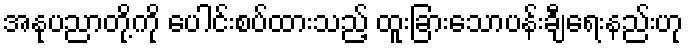
အနုပညာတို့ကို ပေါင်းစပ်ထားသည့် ထူးခြားသောပန်းချီရေးနည်းဟု